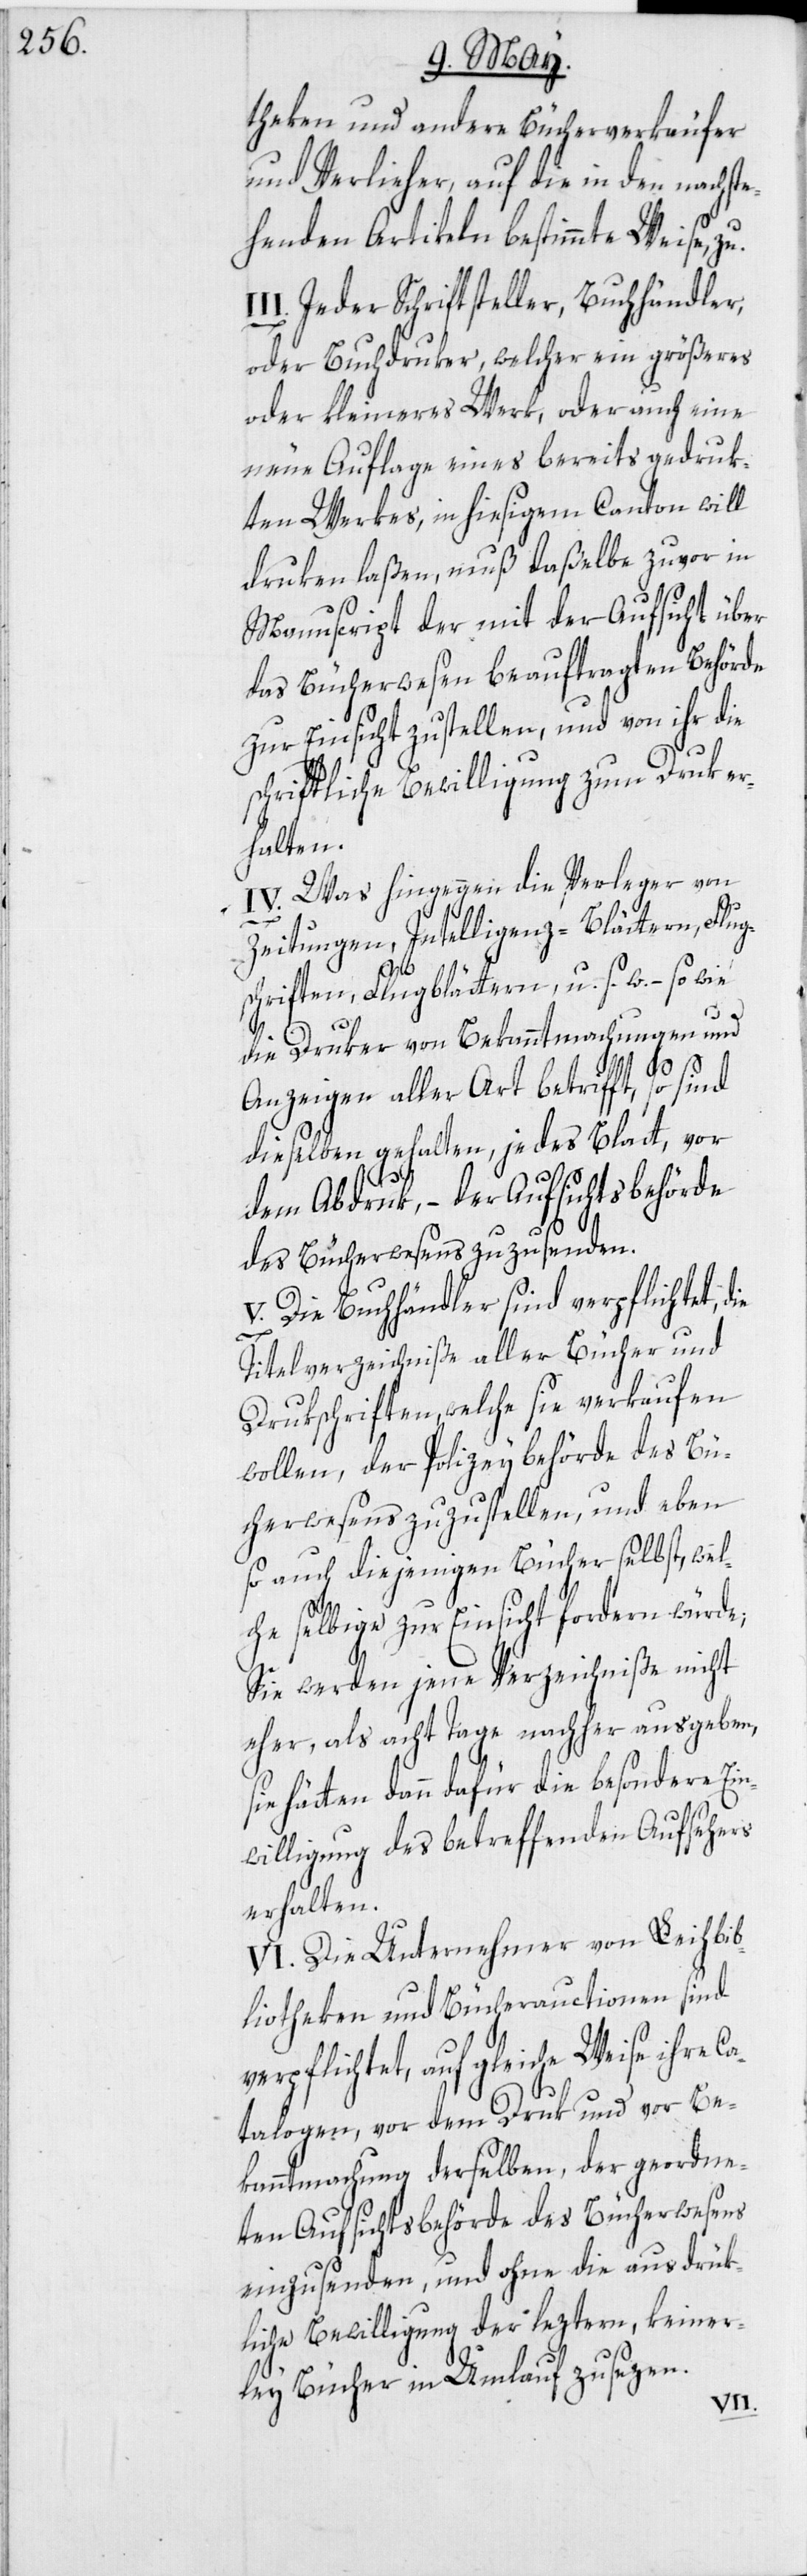
theken und andere Bücherverkäufer
und Verlieher, auf die in den nachst¬
ehenden Artikeln bestimmte Weise,
II. Jeder Schriftsteller, Buchhändler,
oder Buchdruker, welcher ein größeres
oder kleineres Werk, oder auch eine
neue Auflage eines bereits gedruk¬
ten Werkes, in hiesigem Canton will
druken laßen, muß daßelbe zuvor in
Manuscript der mit der Aufsicht über
das Bücherwesen beauftragten Behörde
zur Einsicht zustellen, und von ihr die
schriftliche Bewilligung zum Druk er¬
halten.
IV. Was hingegen die Verleger von
Zeitungen, Intelligenz-Blättern, Flug¬
schriften, Flugblättern, u. s. w. – so wie
die Druker von Bekanntmachungen und
Anzeigen aller Art betrifft, so sind
dieselben gehalten, jedes Blatt, vor
dem Abdruk, – der Aufsichtsbehörde
des Bücherwesens zuzusenden.
V. Die Buchhändler sind verpflichtet, d¬
ie
Titelverzeichniße aller Bücher und
Drukschriften, welche sie verkaufen
wollen, der Polizeybehörde des Bü¬
cherwesens zuzustellen, und eben
so auch diejenigen Bücher selbst, wel¬
che selbige zur Einsicht fordern würde;
Sie werden jene Verzeichniße nicht
eher, als acht Tage nachher ausgeben,
sie hätten dann dafür die besondere Ein¬
willigung des betreffenden Aufsehers
erhalten.
VI. Die Unternehmer von Leihbib¬
liotheken und Bücherauctionen sind
verpflichtet, auf gleiche Weise ihre Ca¬
talogen, vor dem Druk und vor Be¬
kanntmachung derselben, der geordne¬
ten Aufsichtsbehörde des Bücherwesens
einzusenden, und ohne die ausdrük¬
liche Bewilligung der leztern, keiner¬
ley Bücher in Umlauf zu sezen.